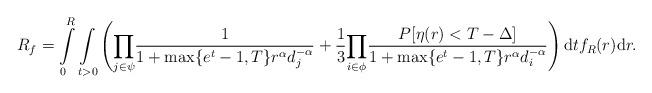
LaTeX: \begin{align*} R_f = \int\limits_{0}^{R}\underset{t>0}\int\left(\underset{j \in \psi}\prod\frac{1}{1+\max\{e^t-1,T\} r^\alpha d_j^{-\alpha}}+\frac{1}{3}\underset{i \in \phi}\prod\frac{P[\eta(r)<T-\Delta]}{1+\max\{e^t-1,T\}r^\alpha d_i^{-\alpha}}\right)\mathrm{d}tf_R(r)\mathrm{d}r.\end{align*}